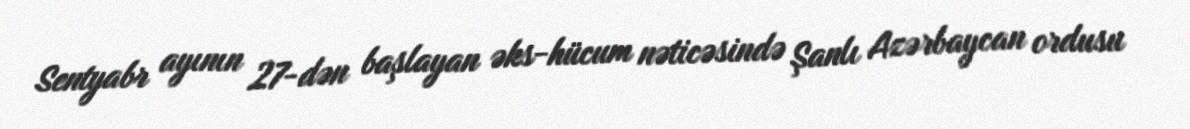
Sentyabr ayının 27-dən başlayan əks-hücum nəticəsində Şanlı Azərbaycan ordusu